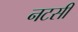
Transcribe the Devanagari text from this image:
नटसी